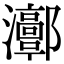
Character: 𤅝